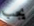
يجب